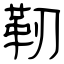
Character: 靭